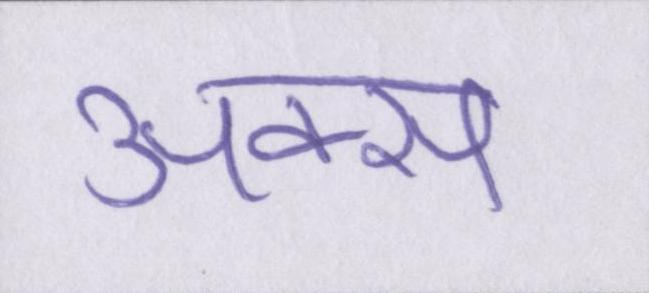
अक्स